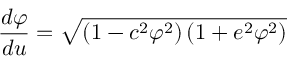
{ \frac { d \varphi } { d u } } = { \sqrt { \left( 1 - c ^ { 2 } \varphi ^ { 2 } \right) \left( 1 + e ^ { 2 } \varphi ^ { 2 } \right) } }